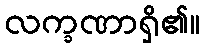
လက္ခဏာရှိ၏။